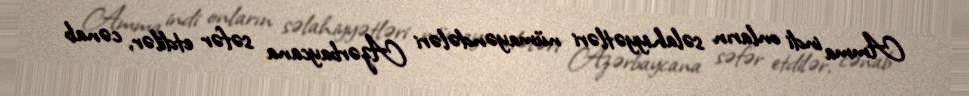
Amma indi onların səlahiyyətləri nümayəndələri Azərbaycana səfər etdilər, cənab